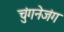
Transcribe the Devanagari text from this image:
चुंगनेजंग